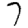
Digit: 7